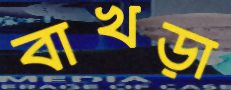
বাখড়া